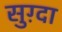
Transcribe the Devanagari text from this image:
सुग़्दा